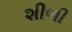
શીળી